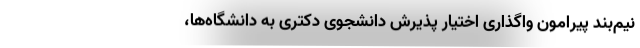
نیم‌بند پیرامون واگذاری اختیار پذیرش دانشجوی دکتری به دانشگاه‌ها،